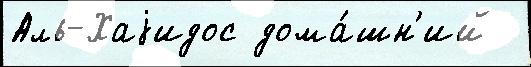
Аль-Хаjидос дома́шн'ий